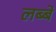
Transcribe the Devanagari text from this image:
लब्बे